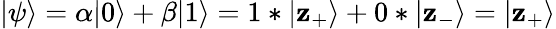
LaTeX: |\psi\rangle=\alpha|0\rangle+\beta|1\rangle=1*|\mathbf{z}_{+}\rangle+0*|\mathbf{z}_{-}\rangle=|\mathbf{z}_{+}\rangle